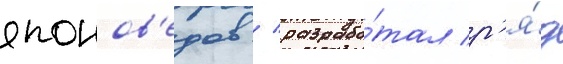
японов'едов / разрабо́тал р'я́д